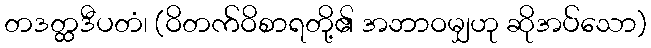
တဒတ္ထဒီပတံ၊ (ဝိတက်ဝိစာရတို့၏ အဘာဝမျှဟု ဆိုအပ်သော)